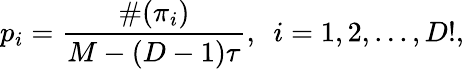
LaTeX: p_{i}=\frac{\# (\pi_{i})}{M-(D-1)\tau},\, \, \, i=1,2,...,D!,